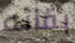
بقائه